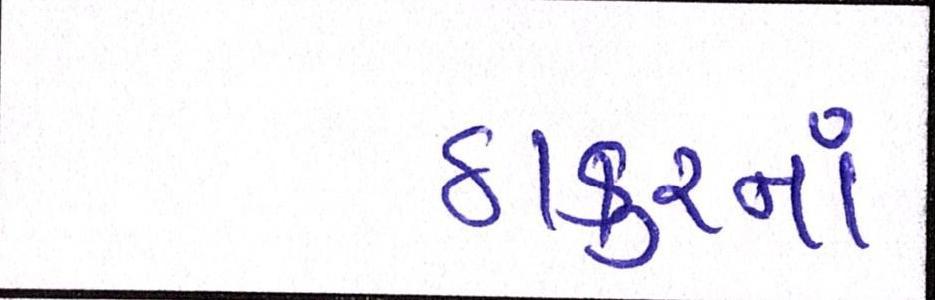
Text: ઠાકુરનાં